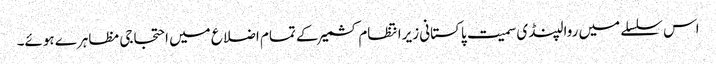
اس سلسلے میں روالپنڈی سمیت پاکستانی زیرانتظام کشمیر کے تمام اضلاع میں احتجاجی مظاہرے ہوئے۔